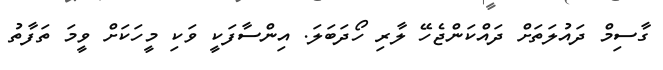
ގާސިމް ދައުލަތަށް ދައްކަންޖެހޭ ލާރި ހޯދަބަލަ. އިންސާފަކީ ވަކި މީހަކަށް ވީމަ ތަފާތު